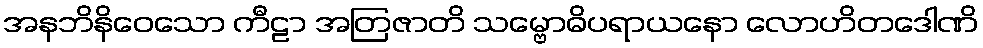
အနဘိနိဝေသော ကီဠာ အတြဇာတိ သမ္ဗောဓိပရာယနော လောဟိတဒေါဏိ